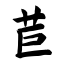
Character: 苣